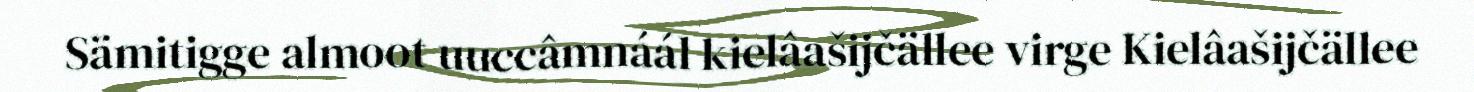
Sämitigge almoot uuccâmnáál kielâašijčällee virge Kielâašijčällee